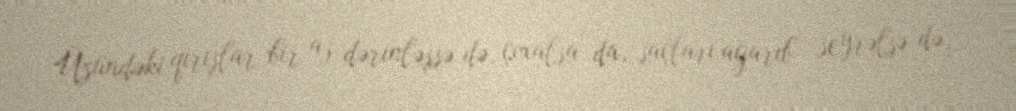
Üzündəki qırışlar bir az dərinləşsə də, çoxalsa da, saçları ağarıb seyrəlsə də,